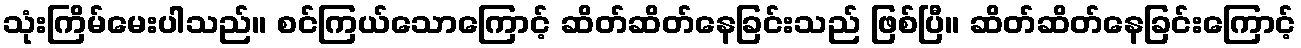
သုံးကြိမ်မေးပါသည်။ စင်ကြယ်သောကြောင့် ဆိတ်ဆိတ်နေခြင်းသည် ဖြစ်ပြီ။ ဆိတ်ဆိတ်နေခြင်းကြောင့်